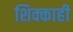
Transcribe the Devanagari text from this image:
शिक्काही